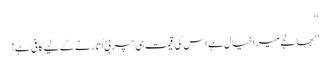
‘‘
’’بھانجے میرا خیال ہے اس کی قیمت ہی چربی اُتارنے کے لیے کافی ہے!